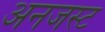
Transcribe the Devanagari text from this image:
अनजस्ट